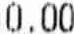
0.00